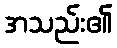
အသည်း၏